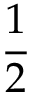
\frac { 1 } { 2 }